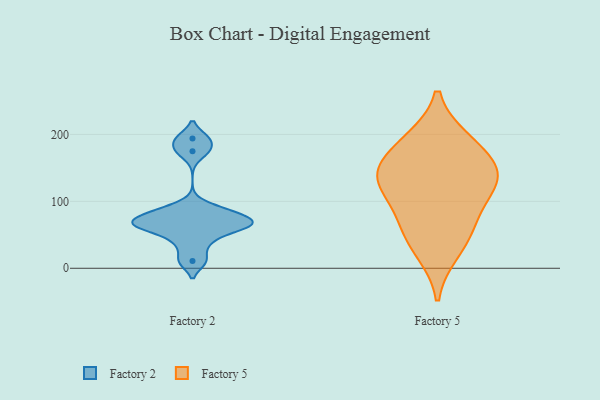
{"axis": {"x": "Budget (USD K)", "y": "Value"}, "legend": ["Factory 2", "Factory 5"], "data": [{"x": "", "y": 61, "type": "Factory 2"}, {"x": "", "y": 194, "type": "Factory 2"}, {"x": "", "y": 83, "type": "Factory 2"}, {"x": "", "y": 68, "type": "Factory 2"}, {"x": "", "y": 11, "type": "Factory 2"}, {"x": "", "y": 87, "type": "Factory 2"}, {"x": "", "y": 175, "type": "Factory 2"}, {"x": "", "y": 68, "type": "Factory 2"}, {"x": "", "y": 64, "type": "Factory 2"}, {"x": "", "y": 39, "type": "Factory 2"}, {"x": "", "y": 129, "type": "Factory 5"}, {"x": "", "y": 106, "type": "Factory 5"}, {"x": "", "y": 141, "type": "Factory 5"}, {"x": "", "y": 147, "type": "Factory 5"}, {"x": "", "y": 139, "type": "Factory 5"}, {"x": "", "y": 25, "type": "Factory 5"}, {"x": "", "y": 186, "type": "Factory 5"}, {"x": "", "y": 191, "type": "Factory 5"}, {"x": "", "y": 71, "type": "Factory 5"}, {"x": "", "y": 55, "type": "Factory 5"}]}